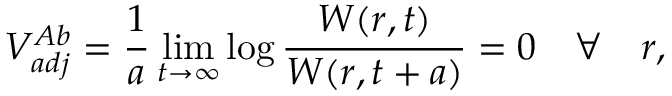
V _ { a d j } ^ { A b } = \frac { 1 } { a } \operatorname * { l i m } _ { t \rightarrow \infty } \log \frac { W ( r , t ) } { W ( r , t + a ) } = 0 \quad \forall \quad r ,